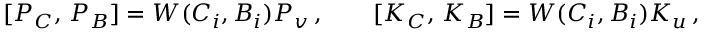
{ } [ P _ { C } , \, P _ { B } ] = W ( C _ { i } , B _ { i } ) P _ { v } \, , \qquad [ K _ { C } , \, K _ { B } ] = W ( C _ { i } , B _ { i } ) K _ { u } \, ,